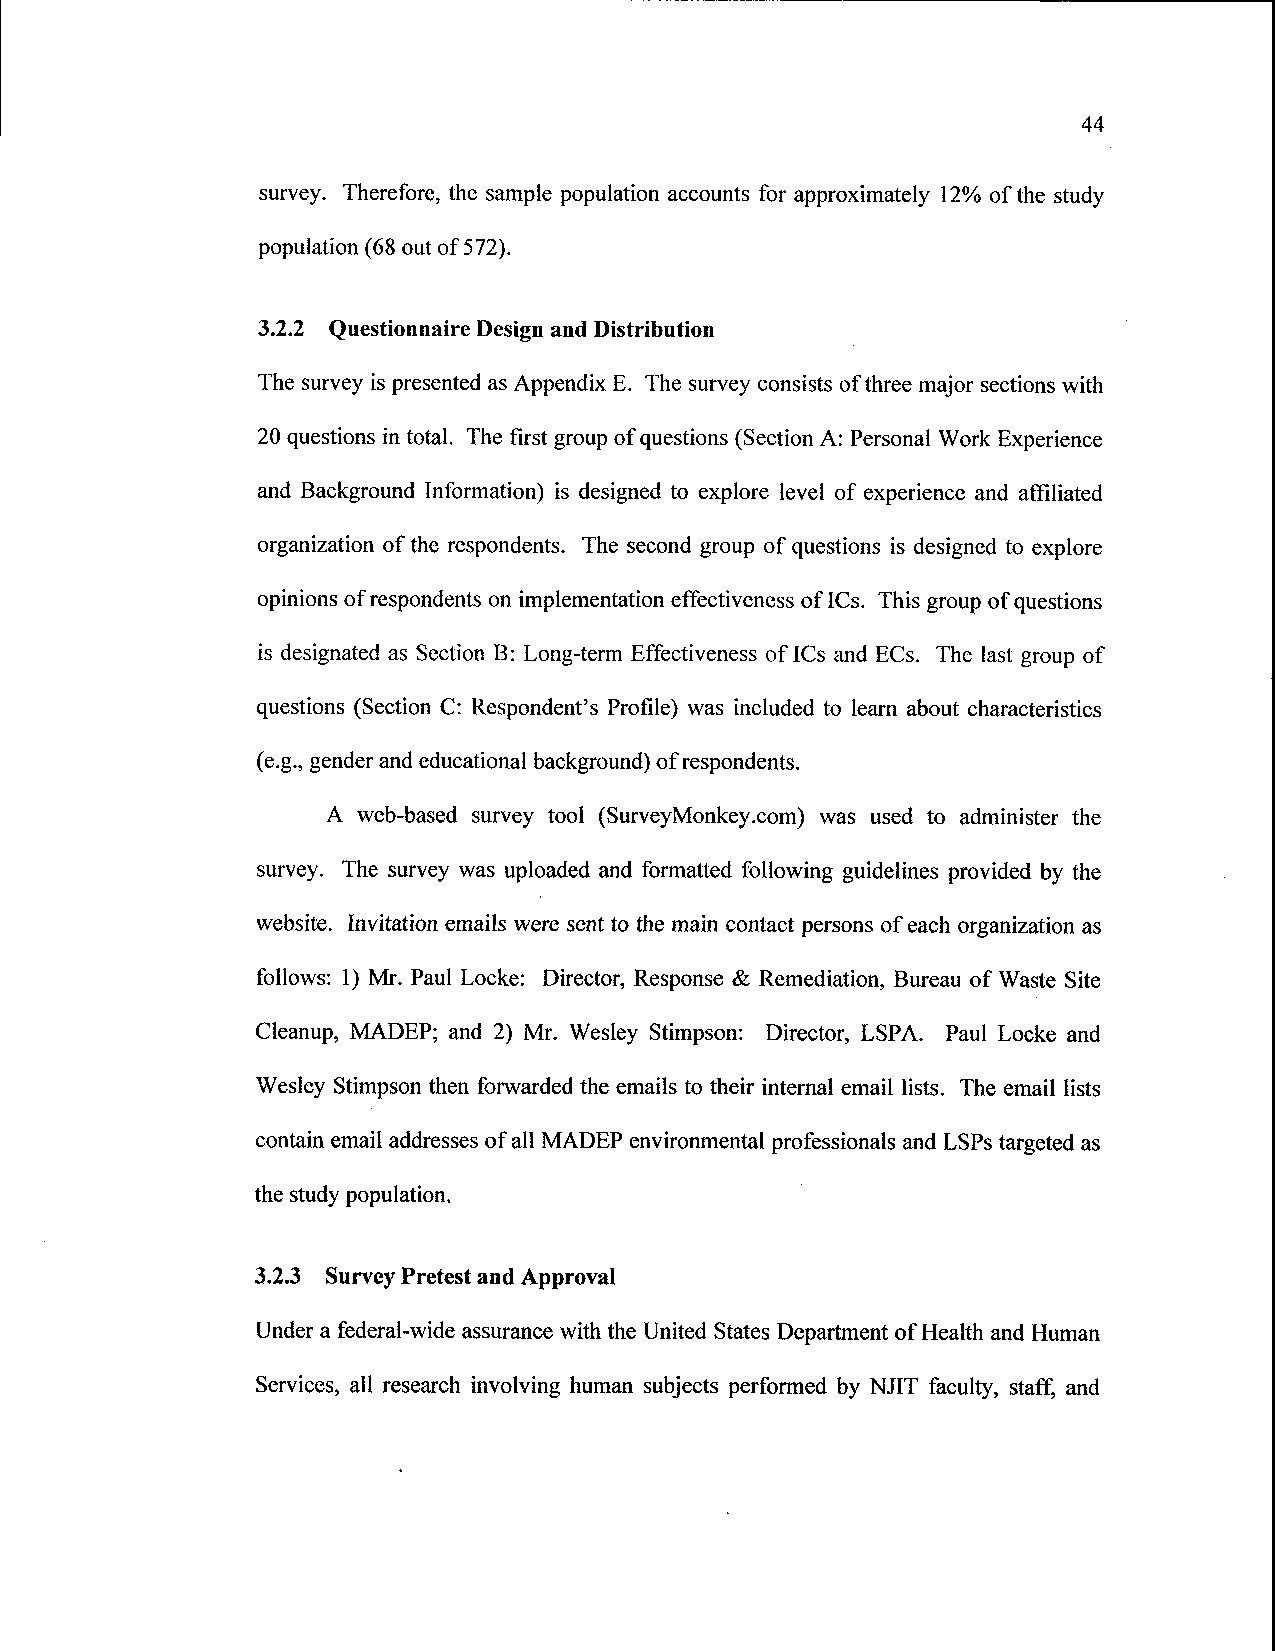
44
 survey. Therefore, the sample population accounts for approximately 12% of the study
 population (68 out of 572).
 3.2.2 Questionnaire Design and Distribution
 The survey is presented as Appendix E. The survey consists of three major sections with
 20 questions in total. The first group of questions (Section A: Personal Work Experience
 and Background Information) is designed to explore level of experience and affiliated
 organization of the respondents. The second group of questions is designed to explore
 opinions of respondents on implementation effectiveness of ICs. This group of questions
 is designated as Section B: Long-term Effectiveness of ICs and ECs. The last group of
 questions (Section C: Respondent's Profile) was included to learn about characteristics
 (e.g., gender and educational background) of respondents.
 A web-based survey tool (SurveyMonkey.com) was used to administer the
 survey. The survey was uploaded and formatted following guidelines provided by the
 website. Invitation emails were sent to the main contact persons of each organization as
 follows: 1) Mr. Paul Locke: Director, Response & Remediation, Bureau of Waste Site
 Cleanup, MADEP; and 2) Mr. Wesley Stimpson: Director, LSPA. Paul Locke and
 Wesley Stimpson then forwarded the emails to their internal email lists. The email lists
 contain email addresses of all MADEP environmental professionals and LSPs targeted as
 the study population.
 3.2.3 Survey Pretest and Approval
 Under a federal-wide assurance with the United States Department of Health and Human
 Services, all research involving human subjects performed by NJIT faculty, staff, and